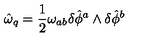
\hat { \omega } _ { q } = \frac { 1 } { 2 } \omega _ { a b } \delta \hat { \phi } ^ { a } \wedge \delta \hat { \phi } ^ { b }